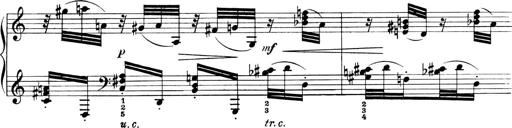
Title: 4 Sonatines
Composer: Max Reger